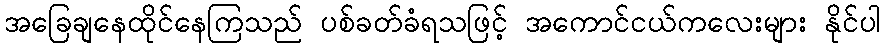
အခြေချနေထိုင်နေကြသည် ပစ်ခတ်ခံရသဖြင့် အကောင်ငယ်ကလေးများ နိုင်ပါ